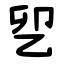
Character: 乮